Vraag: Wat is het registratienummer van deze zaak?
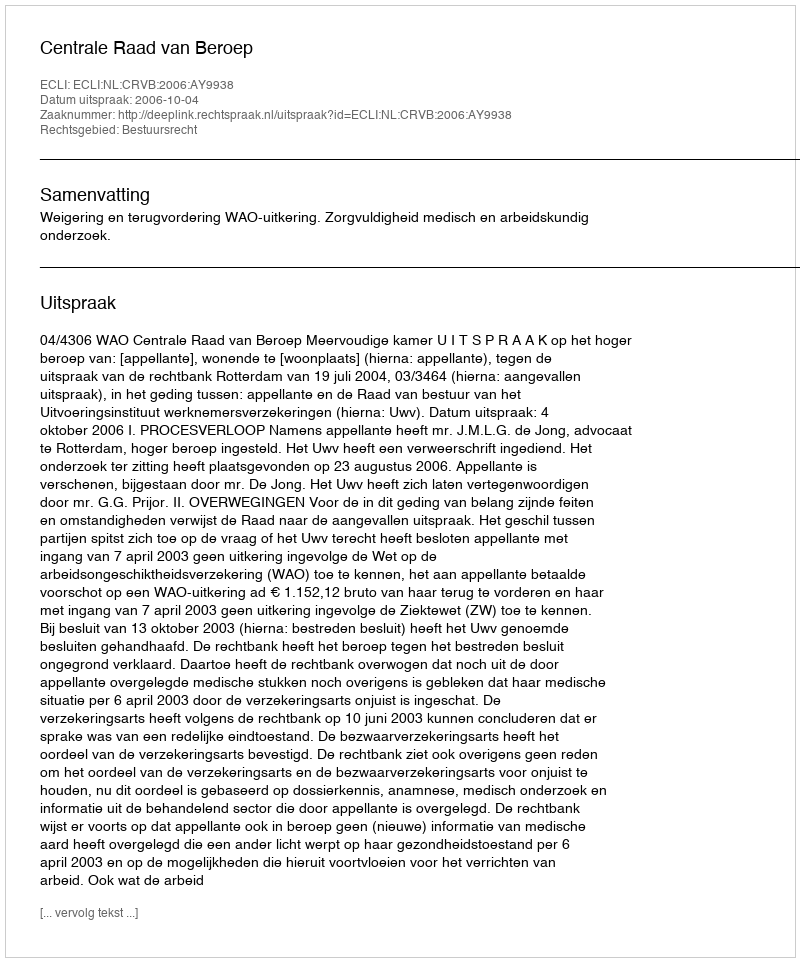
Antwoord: http://deeplink.rechtspraak.nl/uitspraak?id=ECLI:NL:CRVB:2006:AY9938